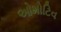
ઓમોટિવ